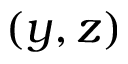
( y , z )